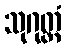
သုဂုတ္တံ